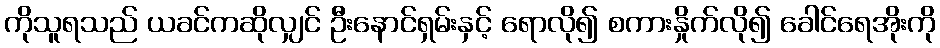
ကိုသူရသည် ယခင်ကဆိုလျှင် ဦးနောင်ရှမ်းနှင့် ရောလို၍ စကားနှိုက်လို၍ ခေါင်ရေအိုးကို